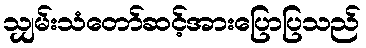
သျှမ်းသံတော်ဆင့်အားပြောပြသည်